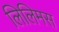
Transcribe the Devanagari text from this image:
लिलिमस